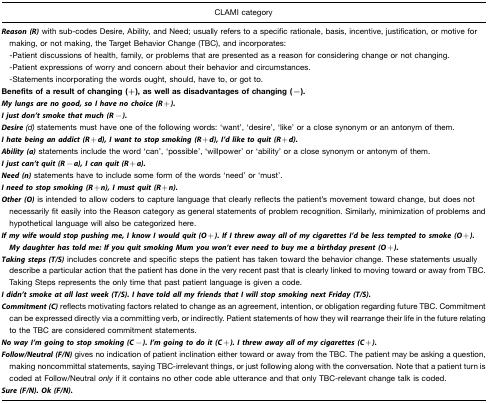
<table><thead><tr><td><b>CLAMI category</b></td></tr></thead><tbody><tr><td><i><b>Reason (R)</b></i> with sub-codes Desire, Ability, and Need; usually refers to a specific rationale, basis, incentive, justification, or motive for making, or not making, the Target Behavior Change (TBC), and incorporates:-Patient discussions of health, family, or problems that are presented as a reason for considering change or not changing.-Patient expressions of worry and concern about their behavior and circumstances.-Statements incorporating the words ought, should, have to, or got to.<b>Benefits of a result of changing (+), as well as disadvantages of changing (−)</b>.<i><b>My lungs are no good, so I have no choice (R</b></i>+<i><b>)</b>.</i><i><b>I just don&#x27;t smoke that much (R</b></i>−<i><b>)</b>.</i><i><b>Desire</b> (d)</i> statements must have one of the following words: ‘want’, ‘desire’, ‘like’ or a close synonym or an antonym of them.<i><b>I hate being an addict (R</b></i>+<i><b>d), I want to stop smoking (R</b></i>+<i><b>d), I&#x27;d like to quit (R</b></i>+<i><b>d)</b>.</i><i><b>Ability (a)</b></i> statements include the word ‘can’, ‘possible’, ‘willpower’ or ‘ability’ or a close synonym or antonym of them.<i><b>I just can&#x27;t quit (R</b></i>−<i><b>a), I can quit (R</b></i>+<i><b>a)</b>.</i><i><b>Need (n)</b></i> statements have to include some form of the words ‘need’ or ‘must’.<i><b>I need to stop smoking (R</b></i>+<i><b>n), I must quit (R</b></i>+<i><b>n)</b>.</i></td></tr><tr><td><i><b>Other (O)</b></i> is intended to allow coders to capture language that clearly reflects the patient&#x27;s movement toward change, but does not necessarily fit easily into the Reason category as general statements of problem recognition. Similarly, minimization of problems and hypothetical language will also be categorized here.<i><b>If my wife would stop pushing me, I know I would quit (O</b></i>+<i><b>). If I threw away all of my cigarettes I&#x27;d be less tempted to smoke (O</b></i>+<i><b>). My daughter has told me: If you quit smoking Mum you won&#x27;t ever need to buy me a birthday present (O</b></i>+<i><b>)</b>.</i></td></tr><tr><td><i><b>Taking steps (T/S)</b></i> includes concrete and specific steps the patient has taken toward the behavior change. These statements usually describe a particular action that the patient has done in the very recent past that is clearly linked to moving toward or away from TBC. Taking Steps represents the only time that past patient language is given a code.<i><b>I didn&#x27;t smoke at all last week (T/S). I have told all my friends that I will stop smoking next Friday (T/S)</b>.</i></td></tr><tr><td><i><b>Commitment (C)</b></i> reflects motivating factors related to change as an agreement, intention, or obligation regarding future TBC. Commitment can be expressed directly via a committing verb, or indirectly. Patient statements of how they will rearrange their life in the future relating to the TBC are considered commitment statements.<i><b>No way I&#x27;m going to stop smoking (C</b></i>−<i><b>). I&#x27;m going to do it (C</b></i>+<i><b>). I threw away all of my cigarettes (C</b></i>+<i><b>)</b>.</i></td></tr><tr><td><i><b>Follow/Neutral (F/N)</b></i> gives no indication of patient inclination either toward or away from the TBC. The patient may be asking a question, making noncommittal statements, saying TBC-irrelevant things, or just following along with the conversation. Note that a patient turn is coded at Follow/Neutral <i>only</i> if it contains no other code able utterance and that only TBC-relevant change talk is coded.<i><b>Sure (F/N). Ok (F/N)</b>.</i></td></tr></tbody></table>